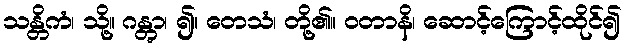
သန္တိကံ၊ သို့။ ဂန္တွာ၊ ၍။ တေသံ၊ တို့၏။ ဝတာနိ၊ ဆောင့်ကြောင့်ထိုင်၍